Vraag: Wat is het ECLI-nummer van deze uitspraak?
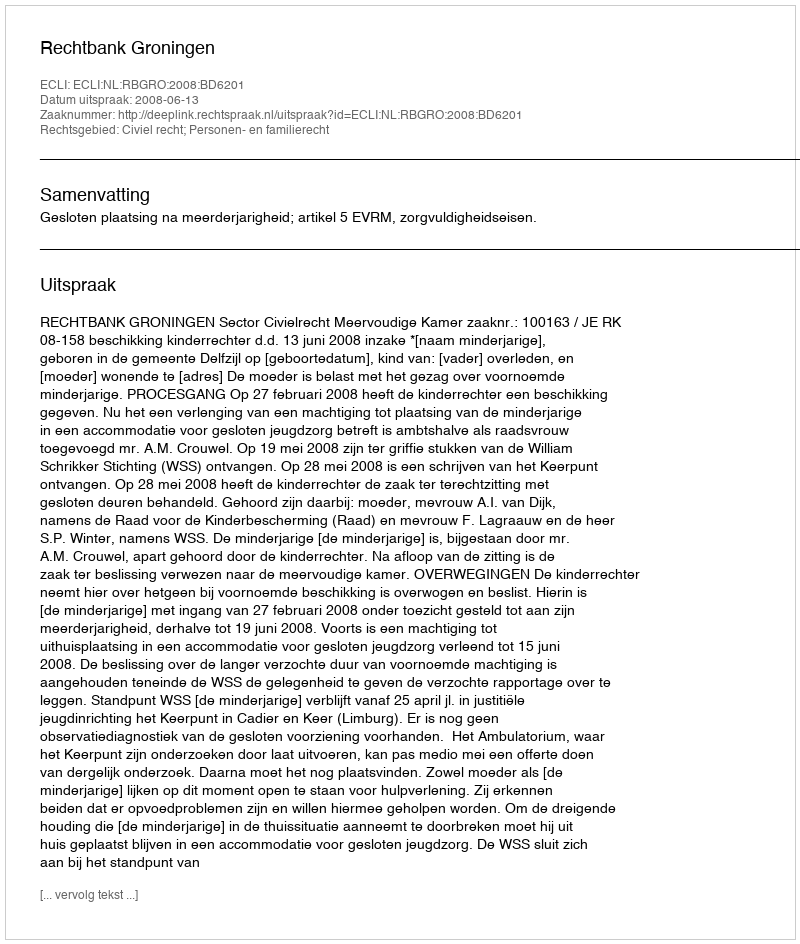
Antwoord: ECLI:NL:RBGRO:2008:BD6201